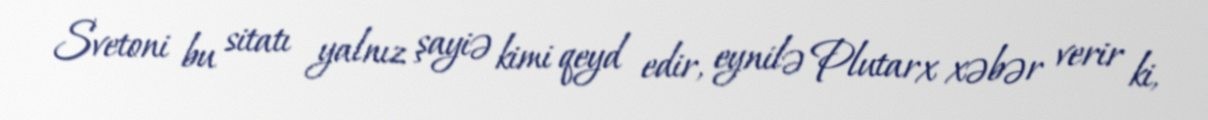
Svetoni bu sitatı yalnız şayiə kimi qeyd edir, eynilə Plutarx xəbər verir ki,